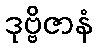
ဒုဗ္ဗိဇာနံ